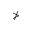
\ngtr